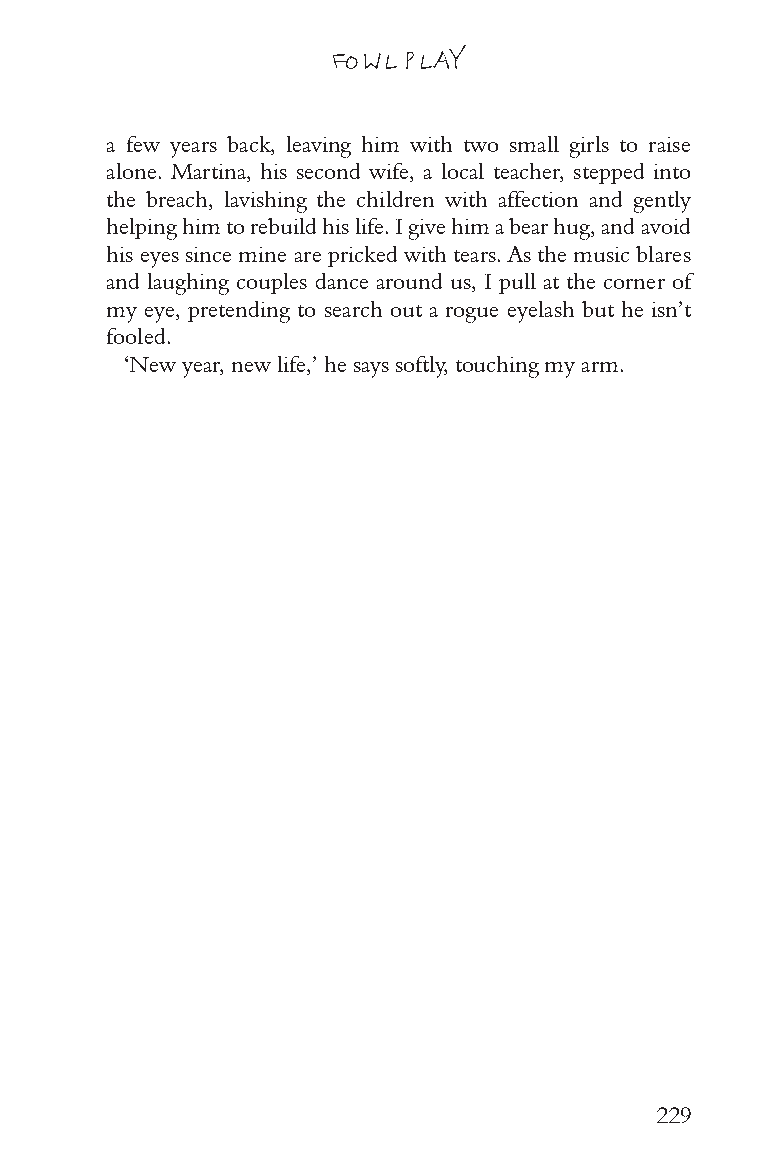
FOWL PLAY
 a few years back, leaving him with two small girls to raise
 alone. Martina, his second wife, a local teacher, stepped into
 the breach, lavishing the children with affection and gently
 helping him to rebuild his life. I give him a bear hug, and avoid
 his eyes since mine are pricked with tears. As the music blares
 and laughing couples dance around us, I pull at the corner of
 my eye, pretending to search out a rogue eyelash but he isn’t
 fooled.
 ‘New year, new life,’ he says softly, touching my arm.
 229